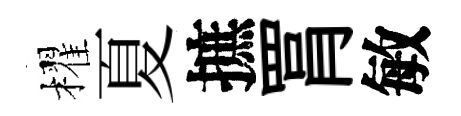
櫂夏摭罥敏